Tezpur Lunatic Asylum reports 1877-1894 - 1877-1894
Year: 1877
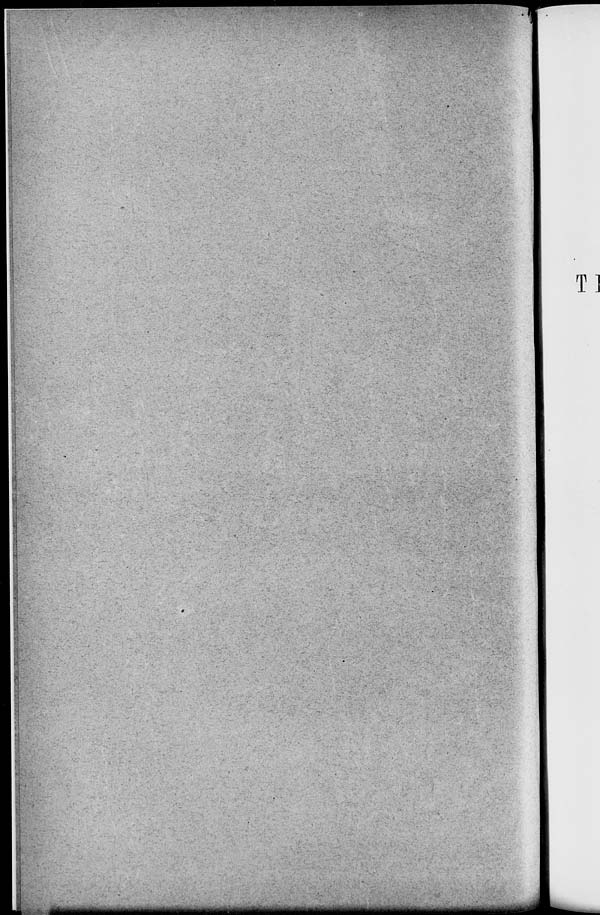
Tl
m